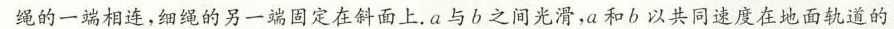
绳的一端相连，细绳的另一端固定在斜面上。a与b之间光滑，a和b以共同速度在地面轨道的